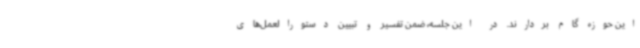
این حوزه گام بردارند. در این جلسه، ضمن تفسیر و تبیین دستورالعمل‌های